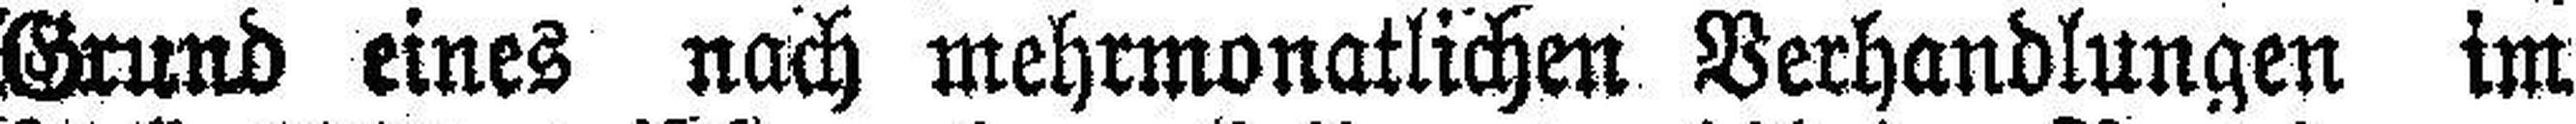
Grund eines nach mehrmonatlichen Verhandlungen im